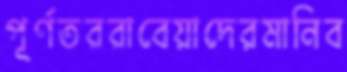
পূর্ণতররাবেয়াদেরমানিব